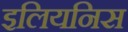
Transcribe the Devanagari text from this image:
इलियनिस